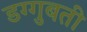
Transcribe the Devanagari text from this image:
डग्गुबती